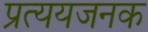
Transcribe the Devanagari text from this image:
प्रत्ययजनक